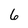
Character: 6